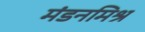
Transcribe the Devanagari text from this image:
मंडनमिश्र